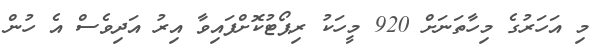
މި އަހަރުގެ މިހާތަނަށް 920 މީހަކު ރިޕޯޓުކޮށްފައިވާ އިރު އަދިވެސް އެ ހުން